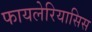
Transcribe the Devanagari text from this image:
फायलेरियासिस